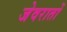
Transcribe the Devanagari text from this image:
जेवरातों